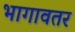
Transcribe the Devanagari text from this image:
भागावतर